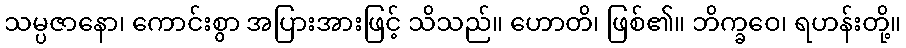
သမ္ပဇာနော၊ ကောင်းစွာ အပြားအားဖြင့် သိသည်။ ဟောတိ၊ ဖြစ်၏။ ဘိက္ခဝေ၊ ရဟန်းတို့။